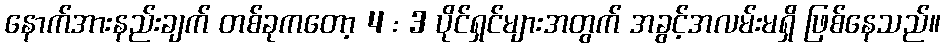
နောက်အားနည်းချက် တစ်ခုကတော့ 4 : 3 ပိုင်ရှင်များအတွက် အခွင့်အလမ်းမရှိ ဖြစ်နေသည်။